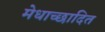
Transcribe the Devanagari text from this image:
मेधाच्छादित